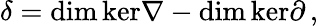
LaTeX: \delta=\mathrm{dim}\, \mathrm{ker}\nabla-\mathrm{dim}\, \mathrm{ker}\partial\, ,